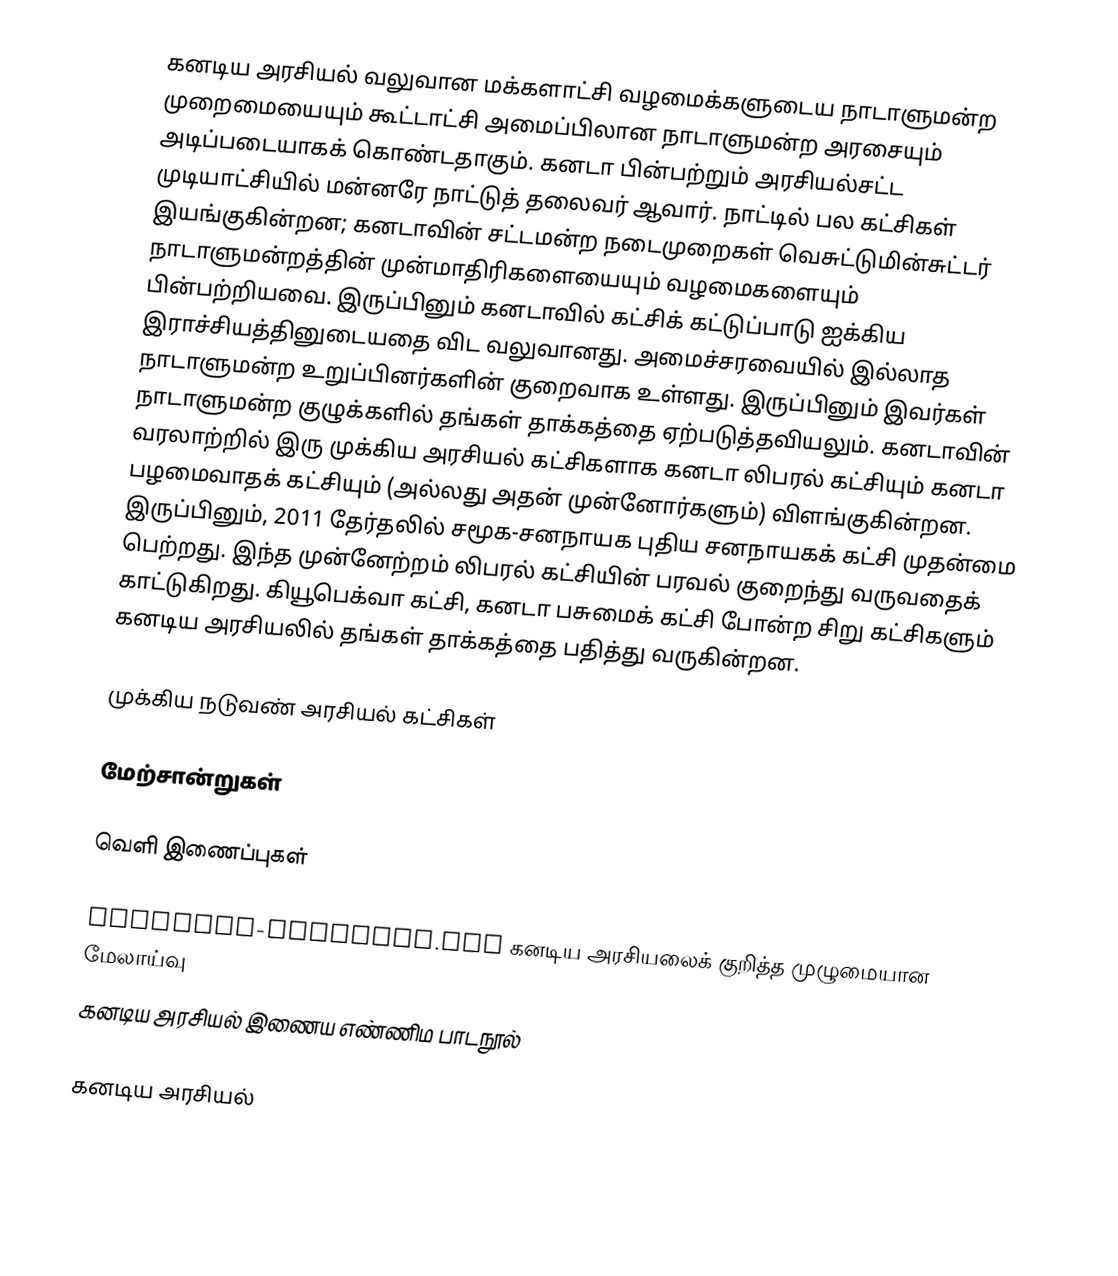
கனடிய அரசியல்  வலுவான மக்களாட்சி வழமைக்களுடைய நாடாளுமன்ற முறைமையையும்  கூட்டாட்சி அமைப்பிலான  நாடாளுமன்ற அரசையும் அடிப்படையாகக் கொண்டதாகும். கனடா பின்பற்றும் அரசியல்சட்ட முடியாட்சியில் மன்னரே  நாட்டுத் தலைவர் ஆவார். நாட்டில் பல கட்சிகள் இயங்குகின்றன; கனடாவின் சட்டமன்ற நடைமுறைகள் வெசுட்டுமின்சுட்டர் நாடாளுமன்றத்தின் முன்மாதிரிகளையையும் வழமைகளையும்  பின்பற்றியவை. இருப்பினும் கனடாவில் கட்சிக் கட்டுப்பாடு ஐக்கிய இராச்சியத்தினுடையதை விட வலுவானது. அமைச்சரவையில் இல்லாத நாடாளுமன்ற உறுப்பினர்களின் குறைவாக உள்ளது. இருப்பினும் இவர்கள் நாடாளுமன்ற குழுக்களில் தங்கள் தாக்கத்தை ஏற்படுத்தவியலும். கனடாவின் வரலாற்றில் இரு முக்கிய அரசியல் கட்சிகளாக கனடா லிபரல் கட்சியும்  கனடா பழமைவாதக் கட்சியும் (அல்லது அதன் முன்னோர்களும்) விளங்குகின்றன. இருப்பினும்,  2011 தேர்தலில் சமூக-சனநாயக புதிய சனநாயகக் கட்சி  முதன்மை பெற்றது. இந்த முன்னேற்றம் லிபரல் கட்சியின் பரவல் குறைந்து வருவதைக் காட்டுகிறது.   கியூபெக்வா கட்சி,  கனடா பசுமைக் கட்சி போன்ற சிறு கட்சிகளும் கனடிய அரசியலில் தங்கள் தாக்கத்தை பதித்து வருகின்றன.

முக்கிய நடுவண் அரசியல் கட்சிகள்

மேற்சான்றுகள்

வெளி இணைப்புகள்

Canadian-Politics.com  கனடிய அரசியலைக் குறித்த முழுமையான மேலாய்வு
கனடிய அரசியல் இணைய எண்ணிம பாடநூல்

கனடிய அரசியல்